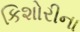
કિશોરીના